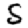
Digit: 5